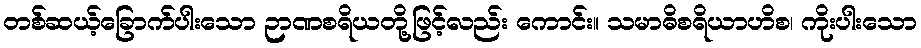
တစ်ဆယ့်ခြောက်ပါးသော ဉာဏစရိယတို့ဖြင့်လည်း ကောင်း။ သမာဓိစရိယာဟိစ၊ ကိုးပါးသော